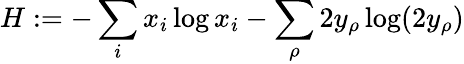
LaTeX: H:=-\sum_{i}x_{i}\log x_{i}-\sum_{\rho}2y_{\rho}\log(2y_{\rho})